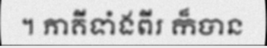
។ ភាគីទាំងពីរ ក៏បាន